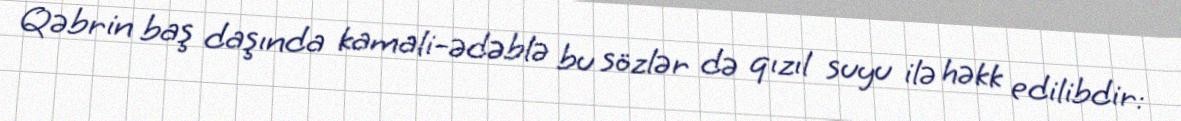
Qəbrin baş daşında kamali-ədəblə bu sözlər də qızıl suyu ilə həkk edilibdir: